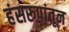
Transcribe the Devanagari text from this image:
हंसरूपांतून